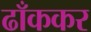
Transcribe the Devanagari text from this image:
ढाँककर